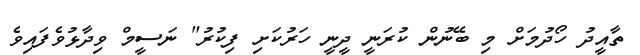
ތާއީދު ހޯދުމަށް މި ބޭނުން ކުރަނީ ދީނީ ހަރުކަށި ފިކުރު" ނަސީމް ވިދާޅުވެފައިވެ